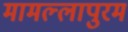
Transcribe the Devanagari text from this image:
मामल्‍लापुरम